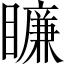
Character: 𥋲